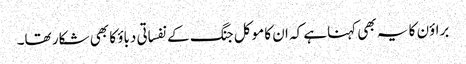
براؤن کا یہ بھی کہناہے کہ ان کا موکل جنگ کے نفساتی دباؤ کا بھی شکار تھا۔